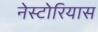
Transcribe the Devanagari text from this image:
नेस्टोरियास